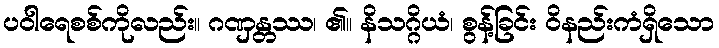
ပဝါရေစစ်ကိုလည်း။ ဂဏှန္တဿ၊ ၏။ နိသဂ္ဂိယံ၊ စွန့်ခြင်း ဝိနည်းကံရှိသော